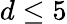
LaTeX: d\leq 5